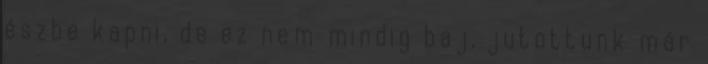
észbe kapni, de ez nem mindig baj, jutottunk már